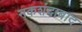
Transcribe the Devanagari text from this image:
नकशंदाबाद